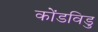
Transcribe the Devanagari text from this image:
कोंडविडु